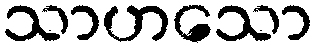
သာဟသော